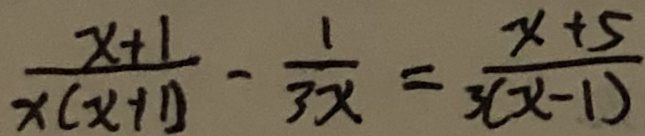
\frac { x + 1 } { x ( x + 1 ) } - \frac { 1 } { 3 x } = \frac { x + 5 } { 3 ( x - 1 ) }